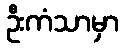
ဦးကံသာမှာ